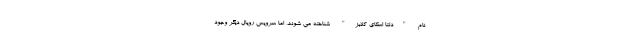
نام "دلتا اسکای کلابز" شناخته می شوند، اما سرویس رویال دیگر وجود